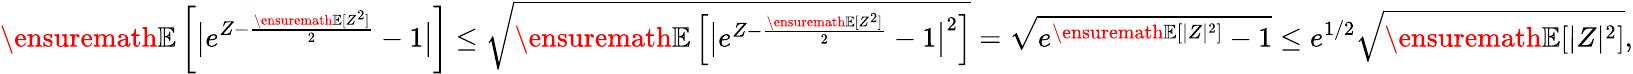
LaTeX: {\ensuremath{\mathbb E}}\left[\big|e^{Z-\frac{{\ensuremath{\mathbb E}}[Z^{2}]}{2}}-1\big|\right]\le\sqrt{{\ensuremath{\mathbb E}}\left[\big|e^{Z-\frac{{\ensuremath{\mathbb E}}[Z^{2}]}{2}}-1\big|^{2}\right]}=\sqrt{e^{{\ensuremath{\mathbb E}}[|Z|^{2}]}-1}\le e^{1/2}\sqrt{{\ensuremath{\mathbb E}}[|Z|^{2}]},